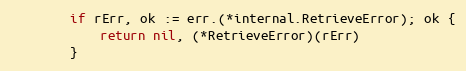
Language: Go
		if rErr, ok := err.(*internal.RetrieveError); ok {
			return nil, (*RetrieveError)(rErr)
		}